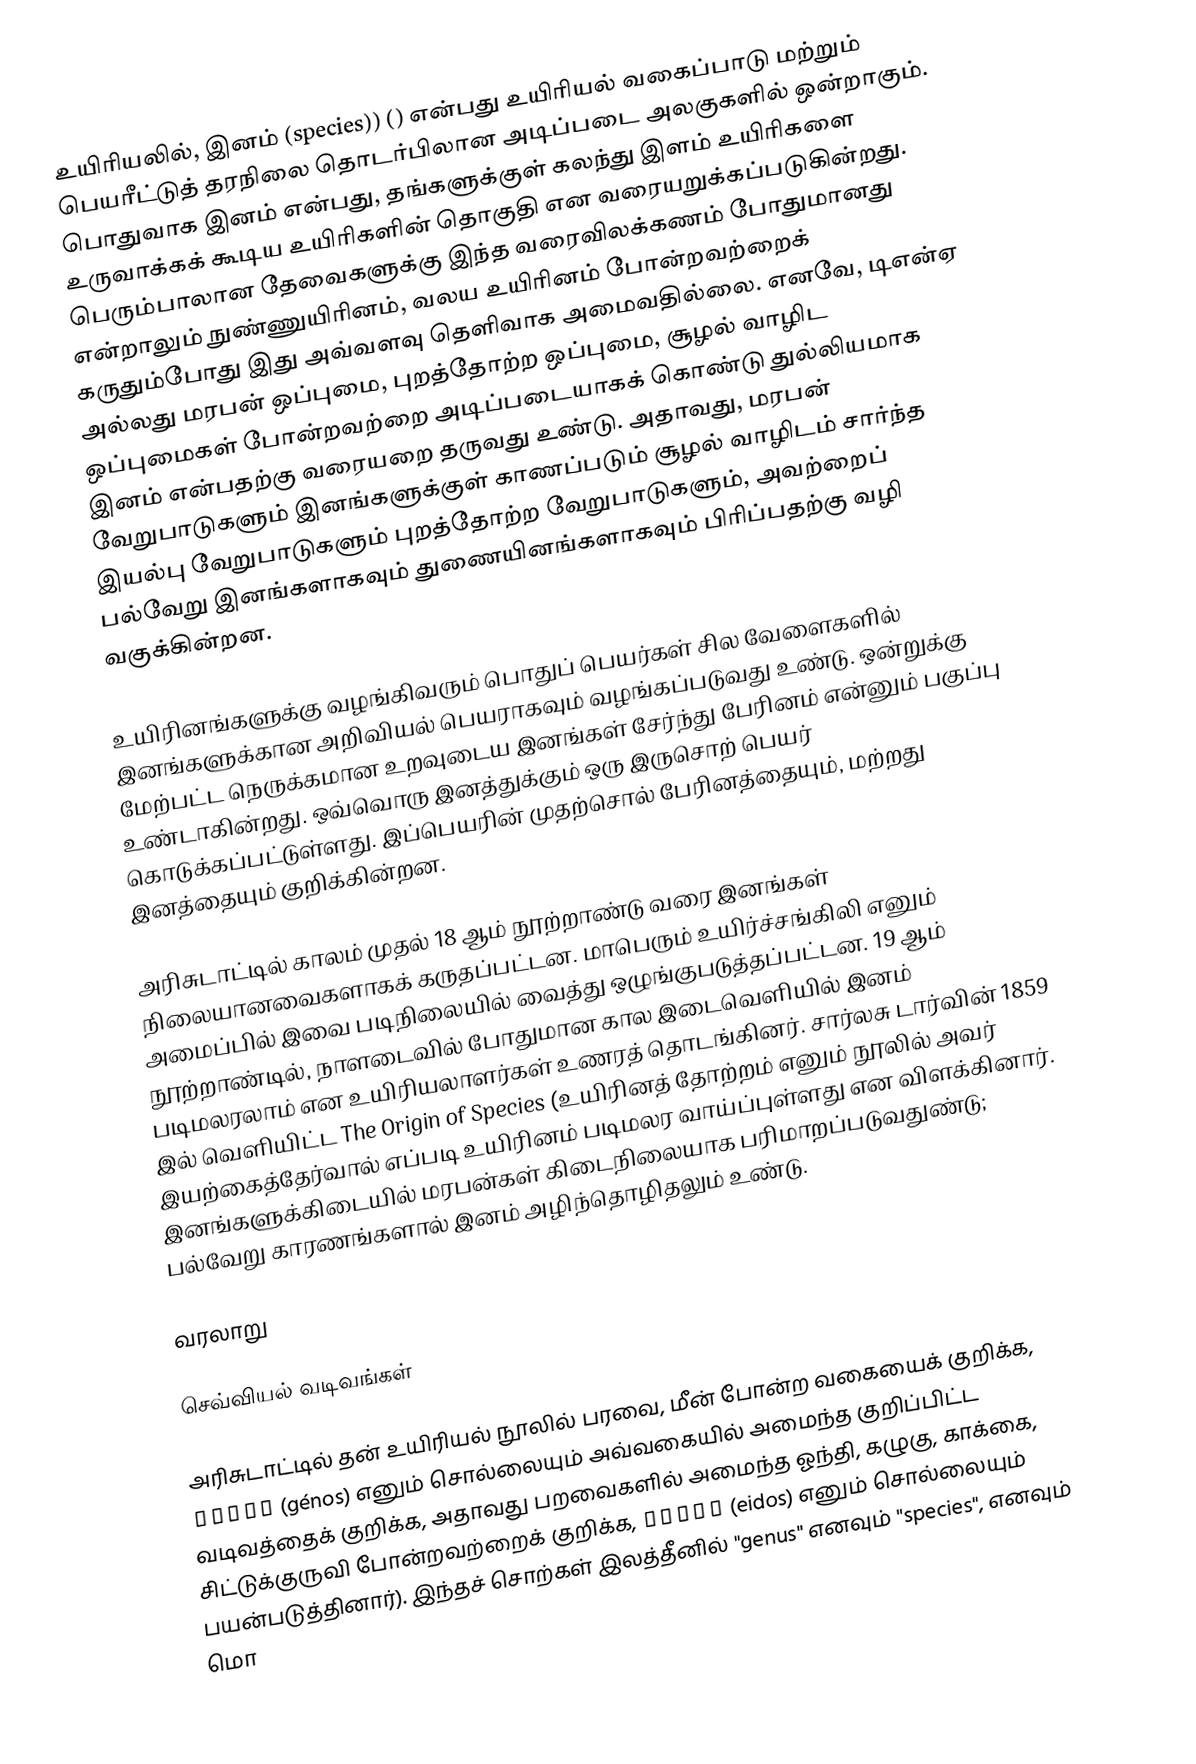
உயிரியலில், இனம் (species)) () என்பது உயிரியல் வகைப்பாடு மற்றும் பெயரீட்டுத் தரநிலை தொடர்பிலான அடிப்படை அலகுகளில் ஒன்றாகும். பொதுவாக இனம் என்பது, தங்களுக்குள் கலந்து இளம் உயிரிகளை உருவாக்கக் கூடிய உயிரிகளின் தொகுதி என வரையறுக்கப்படுகின்றது. பெரும்பாலான தேவைகளுக்கு இந்த வரைவிலக்கணம் போதுமானது என்றாலும் நுண்ணுயிரினம், வலய உயிரினம் போன்றவற்றைக் கருதும்போது இது அவ்வளவு தெளிவாக அமைவதில்லை. எனவே, டிஎன்ஏ அல்லது மரபன் ஒப்புமை, புறத்தோற்ற ஒப்புமை, சூழல் வாழிட ஒப்புமைகள் போன்றவற்றை அடிப்படையாகக் கொண்டு துல்லியமாக இனம் என்பதற்கு வரையறை தருவது உண்டு. அதாவது, மரபன் வேறுபாடுகளும் இனங்களுக்குள் காணப்படும் சூழல் வாழிடம் சார்ந்த இயல்பு வேறுபாடுகளும் புறத்தோற்ற வேறுபாடுகளும், அவற்றைப் பல்வேறு இனங்களாகவும் துணையினங்களாகவும் பிரிப்பதற்கு வழி வகுக்கின்றன.

உயிரினங்களுக்கு வழங்கிவரும் பொதுப் பெயர்கள் சில வேளைகளில் இனங்களுக்கான அறிவியல் பெயராகவும் வழங்கப்படுவது உண்டு. ஒன்றுக்கு மேற்பட்ட நெருக்கமான உறவுடைய இனங்கள் சேர்ந்து பேரினம் என்னும் பகுப்பு உண்டாகின்றது. ஒவ்வொரு இனத்துக்கும் ஒரு இருசொற் பெயர் கொடுக்கப்பட்டுள்ளது. இப்பெயரின் முதற்சொல் பேரினத்தையும், மற்றது இனத்தையும் குறிக்கின்றன.

அரிசுடாட்டில் காலம் முதல் 18 ஆம் நூற்றாண்டு வரை இனங்கள் நிலையானவைகளாகக் கருதப்பட்டன. மாபெரும் உயிர்ச்சங்கிலி எனும் அமைப்பில் இவை படிநிலையில் வைத்து ஒழுங்குபடுத்தப்பட்டன. 19 ஆம் நூற்றாண்டில், நாளடைவில் போதுமான கால இடைவெளியில் இனம் படிமலரலாம் என உயிரியலாளர்கள் உணரத் தொடங்கினர். சார்லசு டார்வின் 1859 இல் வெளியிட்ட The Origin of Species  (உயிரினத் தோற்றம் எனும் நூலில் அவர் இயற்கைத்தேர்வால் எப்படி உயிரினம் படிமலர வாய்ப்புள்ளது என விளக்கினார். இனங்களுக்கிடையில் மரபன்கள் கிடைநிலையாக பரிமாறப்படுவதுண்டு; பல்வேறு காரணங்களால் இனம் அழிந்தொழிதலும் உண்டு.

வரலாறு

செவ்வியல் வடிவங்கள்

அரிசுடாட்டில் தன் உயிரியல் நூலில் பரவை, மீன் போன்ற வகையைக் குறிக்க, γένος (génos) எனும் சொல்லையும் அவ்வகையில் அமைந்த குறிப்பிட்ட வடிவத்தைக் குறிக்க, அதாவது பறவைகளில் அமைந்த ஓந்தி, கழுகு, காக்கை, சிட்டுக்குருவி போன்றவற்றைக் குறிக்க, εἶδος (eidos) எனும் சொல்லையும் பயன்படுத்தினார்). இந்தச் சொற்கள் இலத்தீனில் "genus" எனவும் "species", எனவும் மொ